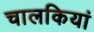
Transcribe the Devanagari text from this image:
चालकियां